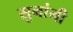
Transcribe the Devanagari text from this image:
सुनांनी